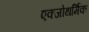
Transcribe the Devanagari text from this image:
एक्जोथर्मिक